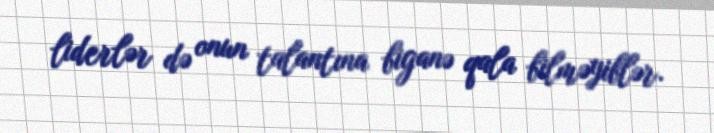
liderlər də onun talantına biganə qala bilməyiblər.